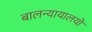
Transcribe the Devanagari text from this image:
बालन्यायालयों